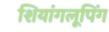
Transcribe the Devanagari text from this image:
शियांगलूपिंग